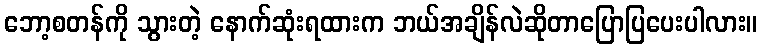
ဘော့စတန်ကို သွားတဲ့ နောက်ဆုံးရထားက ဘယ်အချိန်လဲဆိုတာပြောပြပေးပါလား။